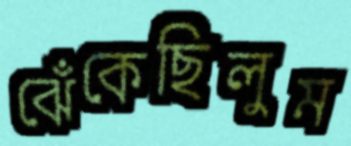
ঝেঁকেছিলুম